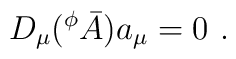
D_\mu( ^\phi\bar{A})a_\mu =0\ .